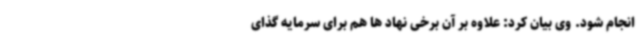
انجام شود. وی بیان کرد: علاوه بر آن برخی نهاد ها هم برای سرمایه گذای